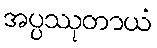
အပ္ပဿုတာယံ